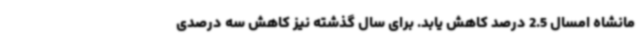
مانشاه امسال 2.5 درصد کاهش یابد. برای سال گذشته نیز کاهش سه درصدی